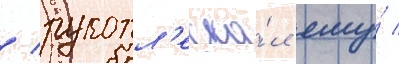
/ рукопл'еска́л ему́ /